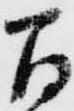
間